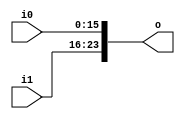
module va52e3b_v9a2a06 (
 input [7:0] i1,
 input [15:0] i0,
 output [23:0] o
);
 assign o = {i1, i0};
endmodule